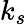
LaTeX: k_{s}